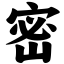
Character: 密